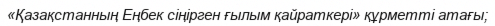
«Қазақстанның Еңбек сіңірген ғылым қайраткері» құрметті атағы;